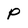
Character: p